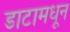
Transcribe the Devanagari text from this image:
डाटामधून